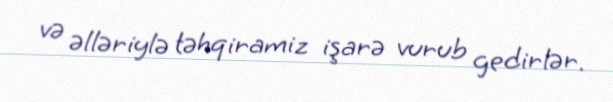
və əlləriylə təhqiramiz işarə vurub gedirlər.